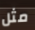
مثل